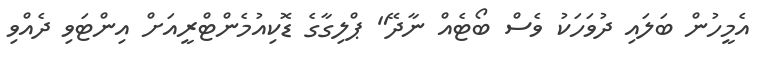
އެމީހުން ބަލައި ދުވަހަކު ވެސް ބޯޓެއް ނާދޭ" ޕްލިގާގެ ޑޮކިއުމެންޓްރީއަށް އިންޓަވި ދެއްވި